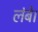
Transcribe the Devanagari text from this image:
लंबे।